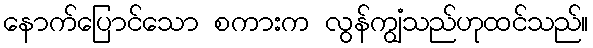
နောက်ပြောင်သော စကားက လွန်ကျွံသည်ဟုထင်သည်။